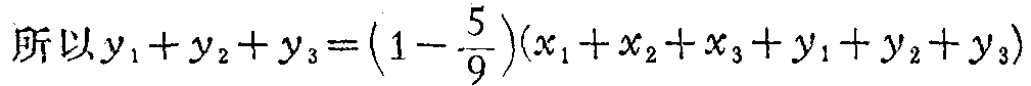
所以\(y_{1}+y_{2}+y_{3}=(1 - \frac{5}{9})(x_{1}+x_{2}+x_{3}+y_{1}+y_{2}+y_{3})\)